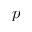
p